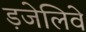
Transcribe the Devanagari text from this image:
ड़जेलिवे